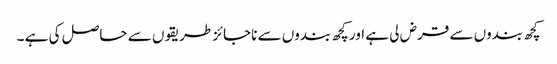
کچھ بندوں سے قرض لی ہے اور کچھ بندوں سے ناجائز طریقوں سے حاصل کی ہے ۔